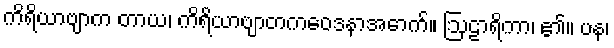
ကိရိယာဗျာက တာယ၊ ကိရိယာဗျာတကဝေဒနာအောက်။ ဩဠာရိကာ၊ ၏။ ပန၊